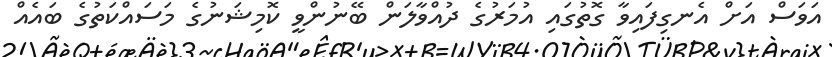
އަވަސް އަށް އެނގިފައިވާ ގޮތުގައި އުމަރުގެ ދުއްވާލަން ބޭނުންވީ ކޮމިޝަނުގެ މަސައްކަތުގެ ބައެއް